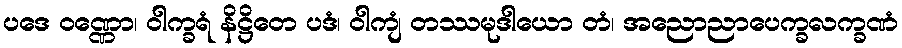
ပဒေ ဝဏ္ဏော၊ ဝါက္ခရံ နိဋ္ဌိတေ ပဒံ၊ ဝါကျံ တဿမုဒါယော တံ၊ အညောညာပေက္ခလက္ခဏံ